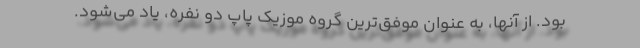
بود. از آنها، به عنوان موفق‌ترین گروه موزیک پاپ دو نفره، یاد می‌شود.